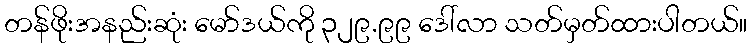
တန်ဖိုးအနည်းဆုံး မော်ဒယ်ကို ၃၂၉.၉၉ ဒေါ်လာ သတ်မှတ်ထားပါတယ်။